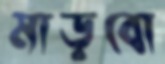
মাড়বো